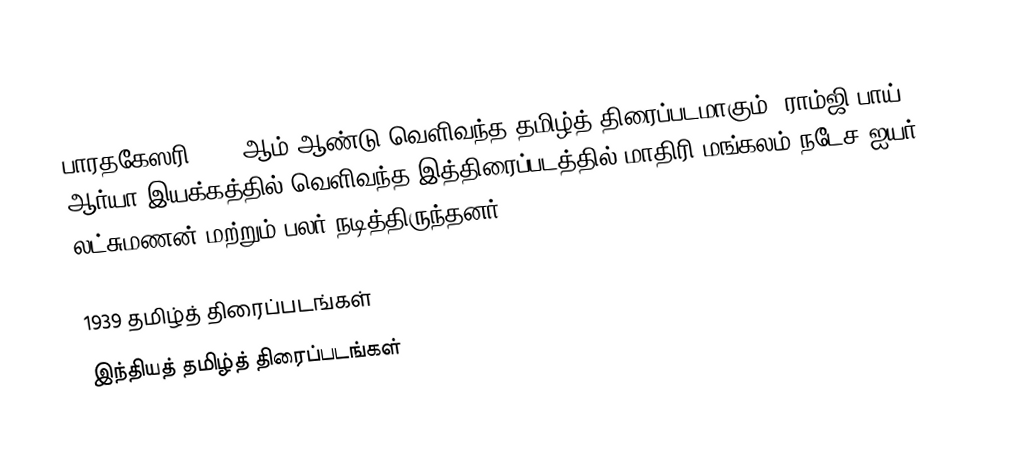
பாரதகேஸரி 1939 ஆம் ஆண்டு வெளிவந்த தமிழ்த் திரைப்படமாகும். ராம்ஜி பாய் ஆர்யா இயக்கத்தில் வெளிவந்த இத்திரைப்படத்தில் மாதிரி மங்கலம் நடேச ஐயர், லட்சுமணன் மற்றும் பலர் நடித்திருந்தனர்.

1939 தமிழ்த் திரைப்படங்கள்
இந்தியத் தமிழ்த் திரைப்படங்கள்